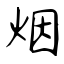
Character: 烟